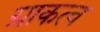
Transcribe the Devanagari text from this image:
ग्राकत्व